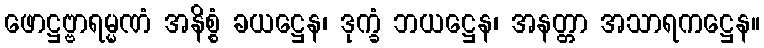
ဖောဋ္ဌဗ္ဗာရမ္မဏံ အနိစ္စံ ခယဋ္ဌေန၊ ဒုက္ခံ ဘယဋ္ဌေန၊ အနတ္တာ အသာရကဋ္ဌေန။